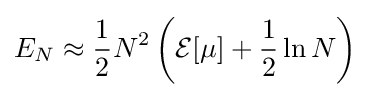
E_{N}\approx {\frac {1}{2}}N^{2}\left({\mathcal {E}}[\mu ]+{\frac {1}{2}}\ln N\right)